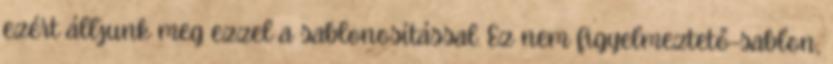
ezért álljunk meg ezzel a sablonosítással. Ez nem figyelmeztető-sablon,